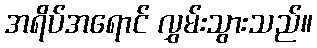
အရိပ်အရောင် လွှမ်းသွားသည်။